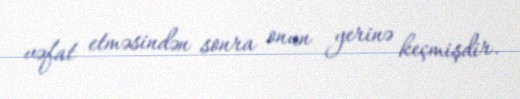
vəfat etməsindən sonra onun yerinə keçmişdir.